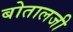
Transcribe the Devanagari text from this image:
बोतालजी